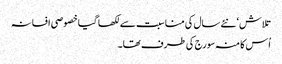
تلاش‘ نئے سال کی مناسبت سے لکھا گیا خصوصی افسانہ
اُس کا منہ سورج کی طرف تھا۔